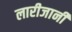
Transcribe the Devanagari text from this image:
लारीजानी